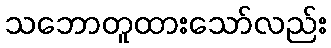
သဘောတူထားသော်လည်း